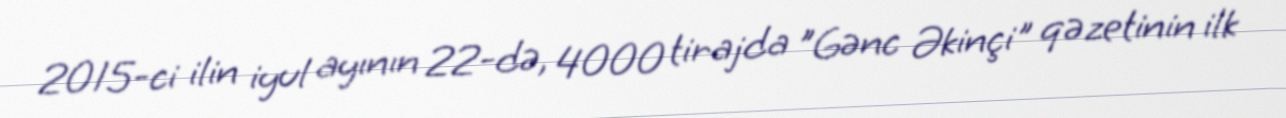
2015-ci ilin iyul ayının 22-də, 4000 tirajda "Gənc Əkinçi" qəzetinin ilk